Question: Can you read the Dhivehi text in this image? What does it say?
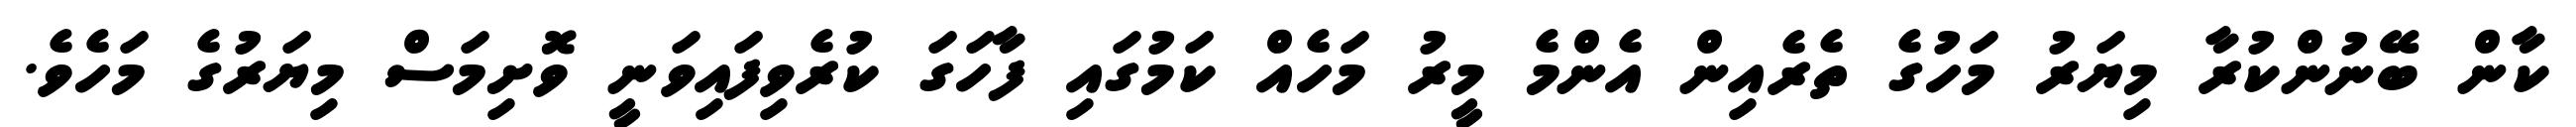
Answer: ކާން ބޭނުންކުރާ މިޔަރު މަހުގެ ތެރެއިން އެންމެ މީރު މަހެއް ކަމުގައި ފާހަގަ ކުރެވިފައިވަނީ ވޮށިމަސް މިޔަރުގެ މަހެވެ.